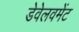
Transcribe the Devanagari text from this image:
डेवेलवमेंट